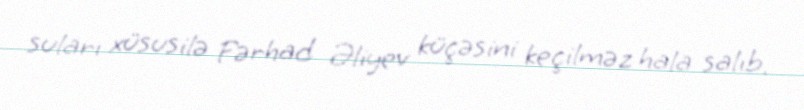
suları xüsusilə Fərhad Əliyev küçəsini keçilməz hala salıb.